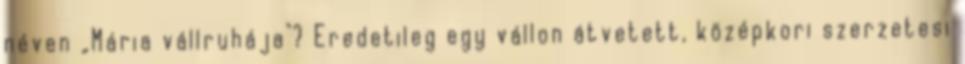
néven „Mária vállruhája"? Eredetileg egy vállon átvetett, középkori szerzetesi